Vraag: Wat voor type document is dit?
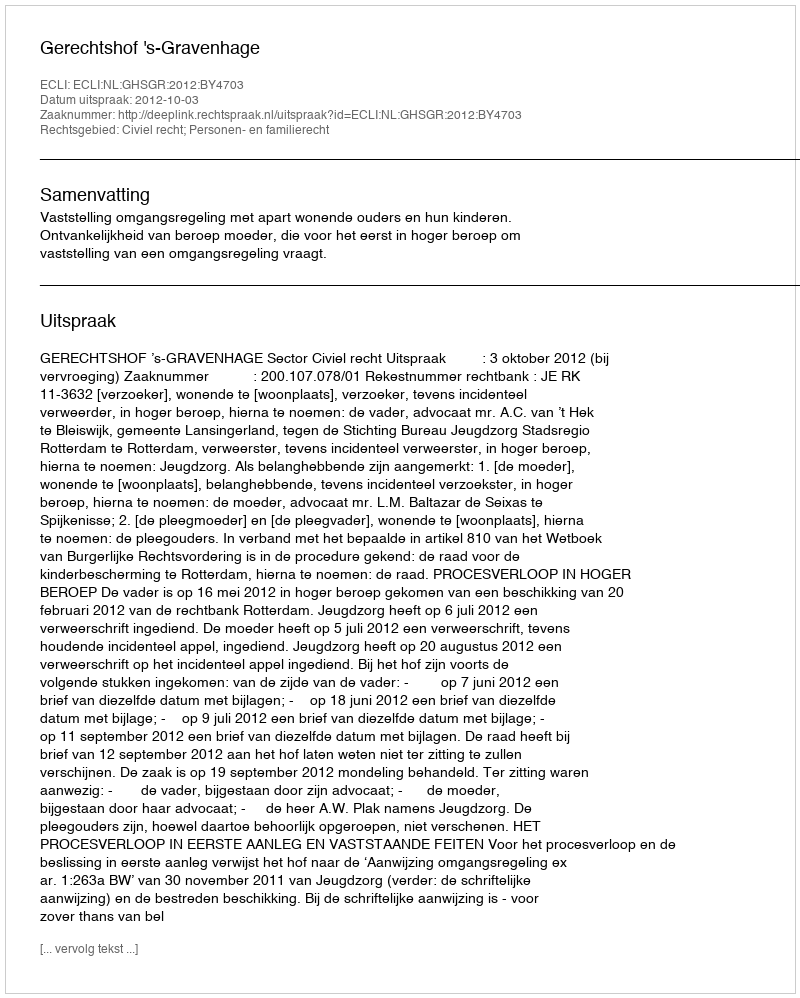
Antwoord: Uitspraak